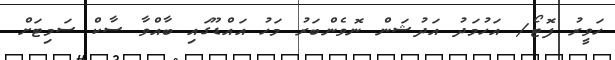
ހަވީރު ފޮޓޯ/ އަހުމަދު އަދުޝަން ނޮވެންބަރު މަހު އައްޑޫގައި ބާއްވާ ސާކް ސަމިޓަށް